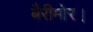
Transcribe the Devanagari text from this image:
बैरीमोर।